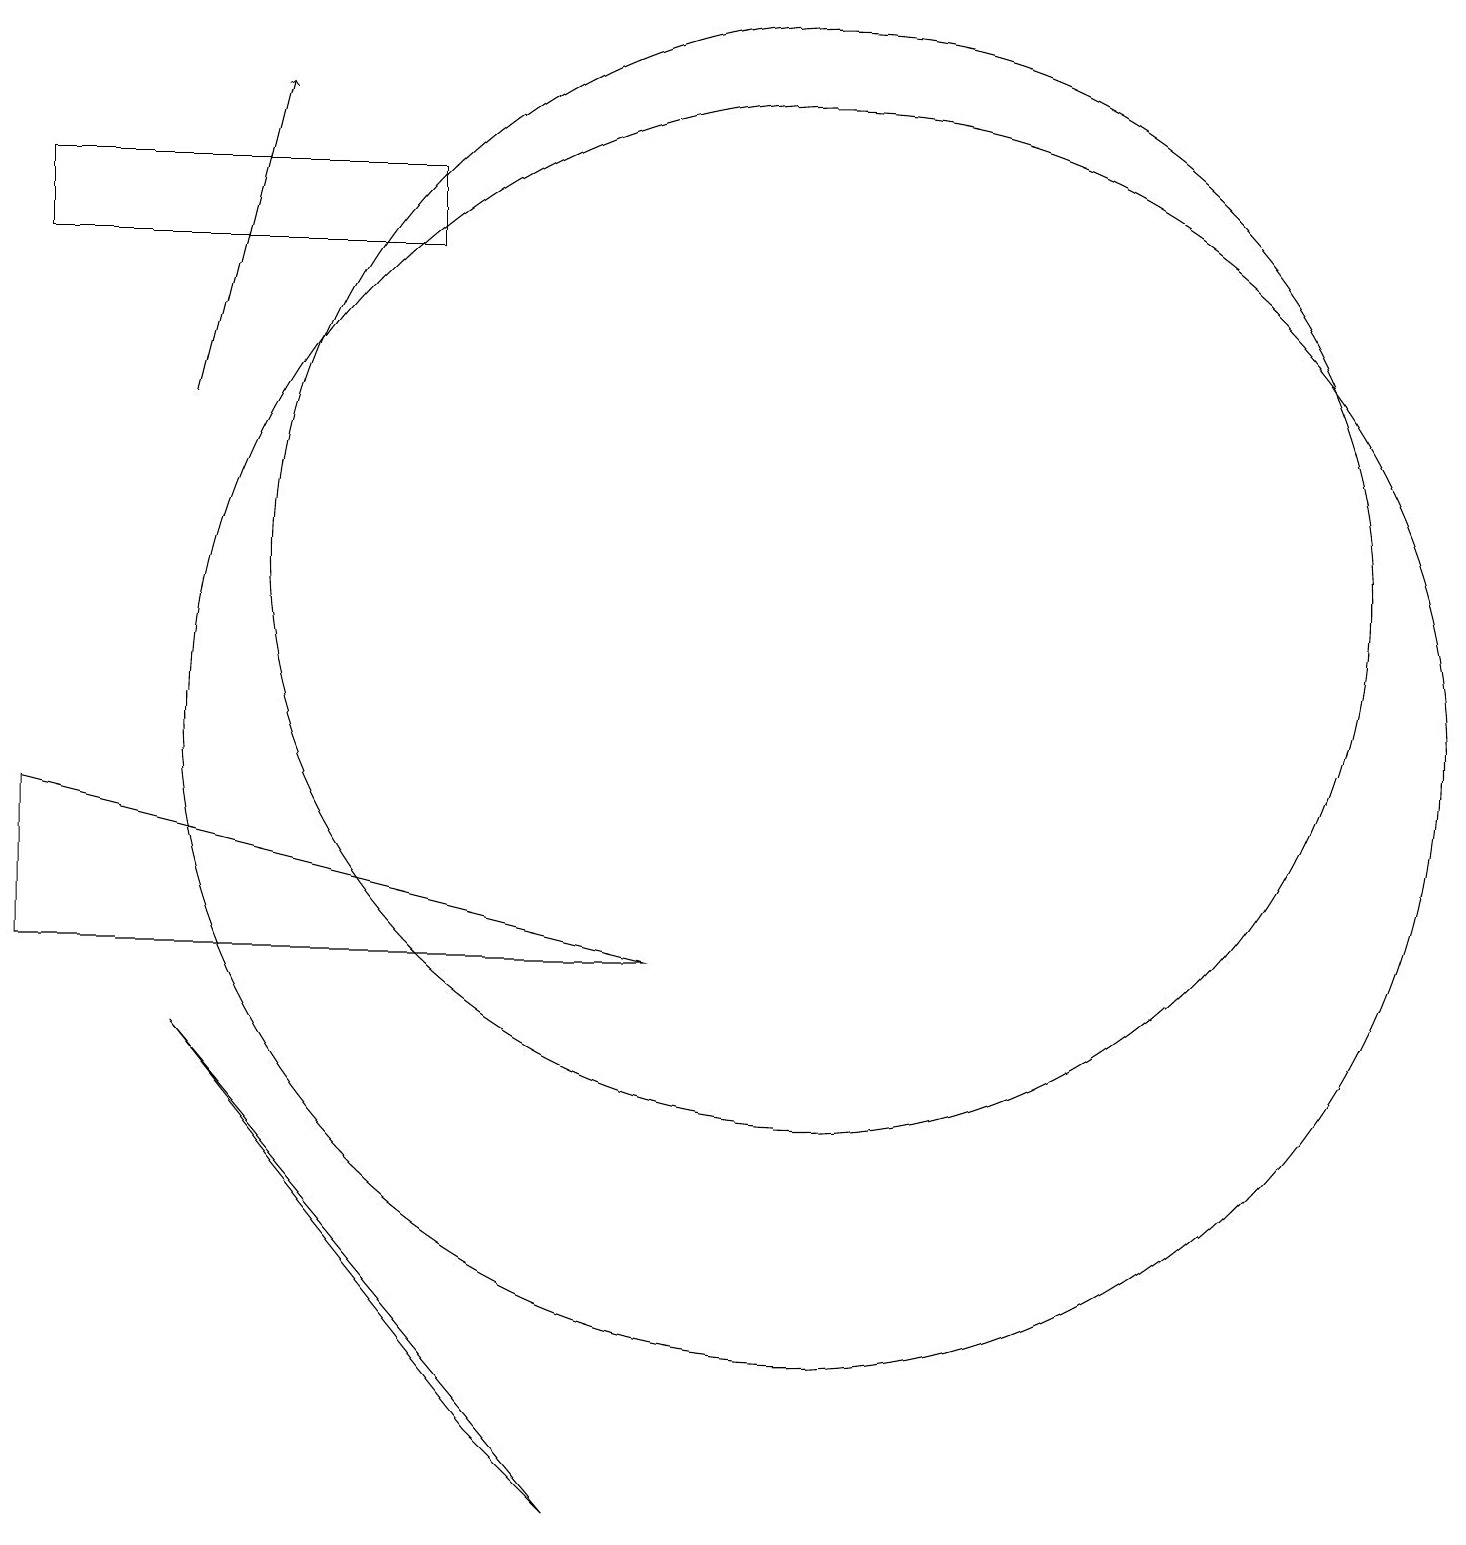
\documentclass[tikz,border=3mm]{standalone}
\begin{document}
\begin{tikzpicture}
\draw (7,0) -- (2,6) -- (6,1) -- cycle;
\draw[->] (2,14) -- (3,18);
\draw (10,12) circle (7);
\draw (8,7) -- (0,9) -- (0,7) -- cycle;
\draw (10,10) circle (8);
\draw (5,16) rectangle (0,17);
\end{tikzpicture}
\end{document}